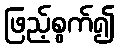
ဖြည့်စွက်၍